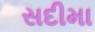
સદીમા